Newspaper: The Forest Republican. [volume]
Place of publication: Tionesta, Pa.
Publisher: Ed. W. Smiley
Date: 1880-04-21 00:00:00
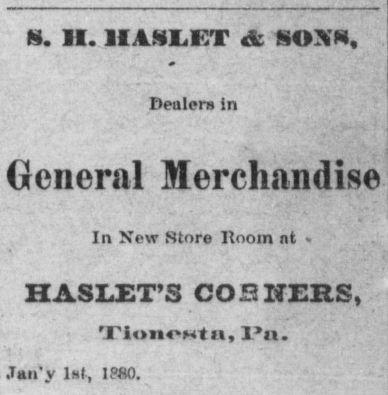
Advertisement text (OCR):
H. II. IIASLKT & SOXN, Dealers in General Merchandise In New Store Room nt HASLET'S COS ITERS, 'JTionoMtii, ln. .Tau'y 1st, 1?0.
Label: text-only